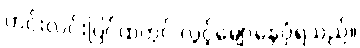
ဟင်းလင်းပြင်ထဲတွင် လွင့်မျောနေပုံရသည်။